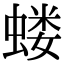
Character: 蝼